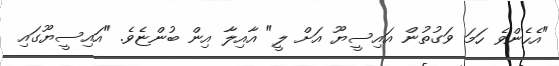
"އެހެންވެ ހަމަ ވަގުތުން އައިސީޔޫ އަށް ލީ" އާއިލާ އިން ބުންޏެވެ. "އައިސީޔޫގައި